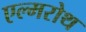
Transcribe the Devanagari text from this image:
एल्मरोथ